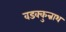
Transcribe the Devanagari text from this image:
वडक्कुन्नाथ